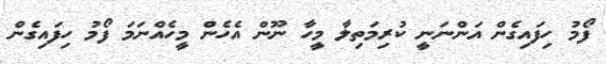
ފޯމު ހިފައިގެން އަންނަނީ ކުރިމަތިލާ މީހާ ނޫން އެހެން މީހެއްނަމަ ފޯމު ހިފައިގެން